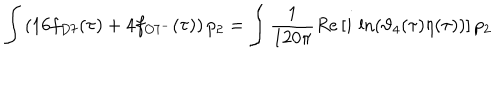
\int \left( 1 6 f _ { D 7 } ( \tau ) + 4 f _ { O 7 ^ { - } } ( \tau ) \right) p _ { 2 } = \int \frac { 1 } { 1 2 0 \pi } R e \left[ i \, \ln ( \vartheta _ { 4 } ( \tau ) \eta ( \tau ) ) \right] p _ { 2 }